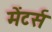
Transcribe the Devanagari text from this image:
मेंटर्स